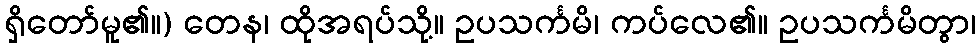
ရှိတော်မူ၏။) တေန၊ ထိုအရပ်သို့။ ဥပသင်္ကမိ၊ ကပ်လေ၏။ ဥပသင်္ကမိတွာ၊